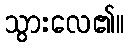
သွားလေ၏။